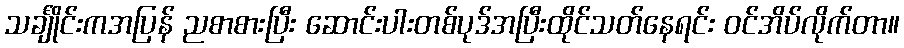
သင်္ချိုင်းကအပြန် ညစာစားပြီး ဆောင်းပါးတစ်ပုဒ်အပြီးထိုင်သတ်နေရင်း ဝင်အိပ်လိုက်တာ။